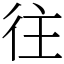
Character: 往